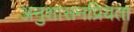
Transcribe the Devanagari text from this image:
अनुशासनप्रियता